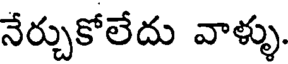
నేర్చుకోలేదు వాళ్ళు.